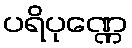
ပရိပုဏ္ဏေ